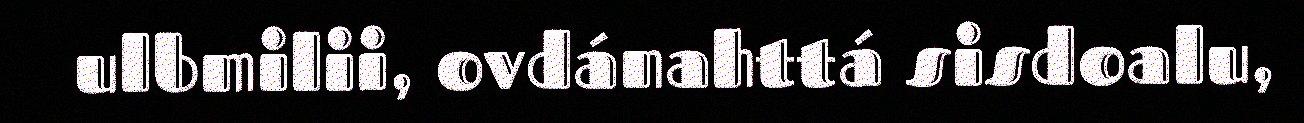
ulbmilii, ovdánahttá sisdoalu,